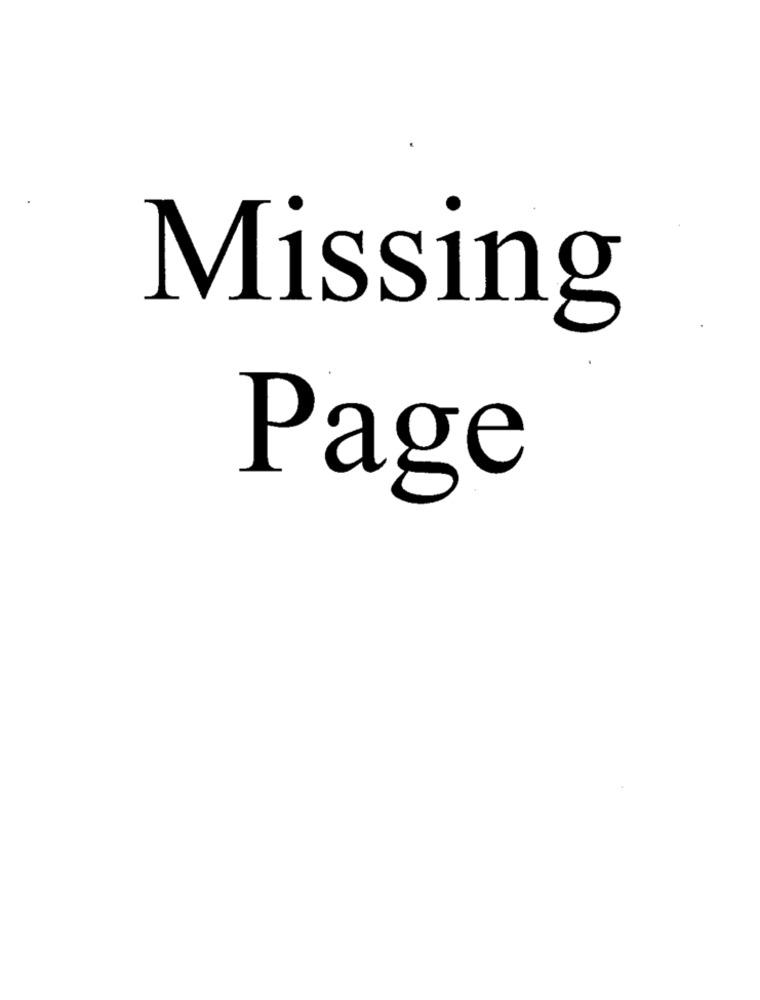
Missing
Page